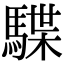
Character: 䮜